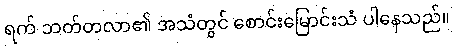
ရက် ဘတ်တလာ၏ အသံတွင် စောင်းမြောင်းသံ ပါနေသည်။